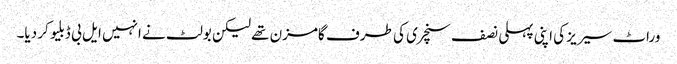
وراٹ سیریز کی اپنی پہلی نصف سنچری کی طرف گامزن تھے لیکن بولٹ نے انہیں ایل بی ڈبلیو کر دیا۔